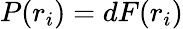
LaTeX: P(r_{i})=dF(r_{i})